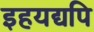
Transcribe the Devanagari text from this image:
इहयद्यपि